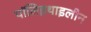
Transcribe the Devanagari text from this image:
पॉलिइथाइलीन